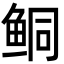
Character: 鲖